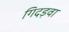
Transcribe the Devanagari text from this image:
गिदड़वा